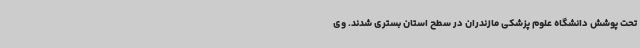
تحت پوشش دانشگاه علوم پزشکی مازندران در سطح استان بستری شدند. وی